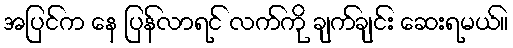
အပြင်က နေ ပြန်လာရင် လက်ကို ချက်ချင်း ဆေးရမယ်။